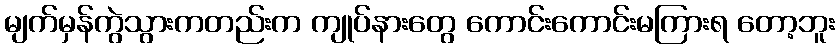
မျက်မှန်ကွဲသွားကတည်းက ကျုပ်နားတွေ ကောင်းကောင်းမကြားရ တော့ဘူး